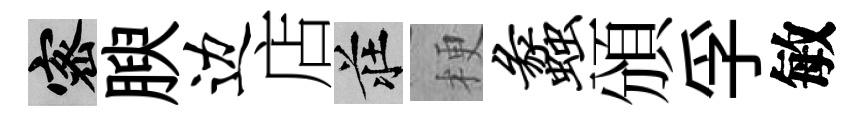
密腴边店莊梗蠡頒孚敏